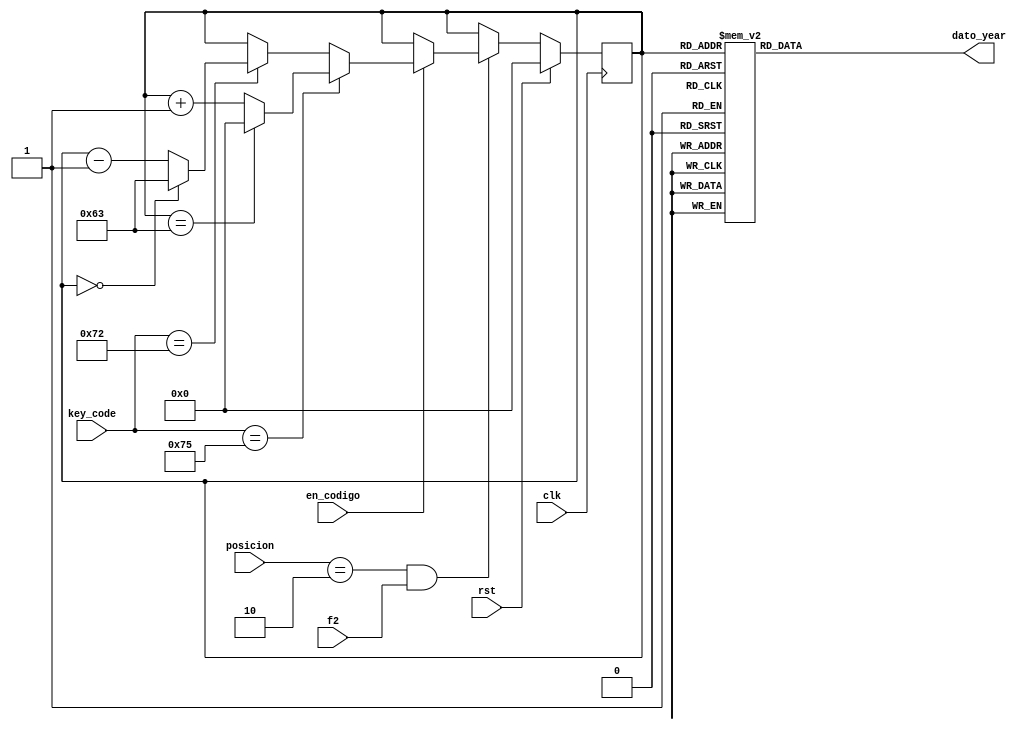
module cont_year(
	input clk, rst,
	input [P-1:0]posicion,
	input en_codigo, f2,
	input[N-1:0] key_code,
	output reg[N-1:0] dato_year
    );

reg [6:0] year;
parameter N=8;
parameter P=2;
parameter maximo =7'd99;

 always @(posedge clk)
	 begin
      if (rst)
         year <= 0;
		else if (posicion==2'd2 && f2==1'b1)
		begin
			if(en_codigo)
			begin
				if (key_code==8'h75) //tecla 8 (subir)
				begin
					if (year == maximo)
						year <= 0;
					else 
						year <= year + 1'd1;
				end
				else if (key_code==8'h72) //tecla 2 (bajar)
				begin
					if (year == 0)
						year <= maximo;
					else 
						year <= year - 1'd1;
				end
				else 
				year <= year;
			end
			else 
				year <= year;
		end 
		else 
			year <= year;
	end
	
	always @ (year)
	case (year)
          0 : dato_year <=8'h00;
 			1 : dato_year <=8'h01;
			2 : dato_year <=8'h02;
			3 : dato_year <=8'h03;
			4 : dato_year <=8'h04;
			5 : dato_year <=8'h05;
			6 : dato_year <=8'h06;
			7 : dato_year <=8'h07;
			8 : dato_year <=8'h08;
			9 : dato_year <=8'h09;
			10 : dato_year <=8'h10;
			11 : dato_year <=8'h11;
			12 : dato_year <=8'h12;
			13 : dato_year <=8'h13;
 			14 : dato_year <=8'h14;
			15 : dato_year <=8'h15;
			16 : dato_year <=8'h16;
			17 : dato_year <=8'h17;
			18 : dato_year <=8'h18;
			19 : dato_year <=8'h19;
			20 : dato_year <=8'h20;
			21 : dato_year <=8'h21;
			22 : dato_year <=8'h22;
			23 : dato_year <=8'h23;
 			24 : dato_year <=8'h24;
			25 : dato_year <=8'h25;
			26 : dato_year <=8'h26;
			27 : dato_year <=8'h27;
			28 : dato_year <=8'h28;
			29 : dato_year <=8'h29;
			30 : dato_year <=8'h30;
			31 : dato_year <=8'h31;
			32 : dato_year <=8'h32;
			33 : dato_year <=8'h33;
 			34 : dato_year <=8'h34;
			35 : dato_year <=8'h35;
			36 : dato_year <=8'h36;
			37 : dato_year <=8'h37;
			38 : dato_year <=8'h38;
			39 : dato_year <=8'h39;
			40 : dato_year <=8'h40;
			41 : dato_year <=8'h41;
			42 : dato_year <=8'h42;
			43 : dato_year <=8'h43;
 			44 : dato_year <=8'h44;
			45 : dato_year <=8'h45;
			46 : dato_year <=8'h46;
			47 : dato_year <=8'h47;
			48 : dato_year <=8'h48;
			49 : dato_year <=8'h49;
			50 : dato_year <=8'h50;
			51 : dato_year <=8'h51;
			52 : dato_year <=8'h52;
			53 : dato_year <=8'h53;
 			54 : dato_year <=8'h54;
			55 : dato_year <=8'h55;
			56 : dato_year <=8'h56;
			57 : dato_year <=8'h57;
			58 : dato_year <=8'h58;
			59 : dato_year <=8'h59;
			60 : dato_year <=8'h60;
 			61 : dato_year <=8'h61;
			62 : dato_year <=8'h62;
			63 : dato_year <=8'h63;
			64 : dato_year <=8'h64;
			65 : dato_year <=8'h65;
			66 : dato_year <=8'h66;
			67 : dato_year <=8'h67;
			68 : dato_year <=8'h68;
			69 : dato_year <=8'h69;
			70 : dato_year <=8'h70;
			71 : dato_year <=8'h71;
			72 : dato_year <=8'h72;
			73 : dato_year <=8'h73;
 			74 : dato_year <=8'h74;
			75 : dato_year <=8'h75;
			76 : dato_year <=8'h76;
			77 : dato_year <=8'h77;
			78 : dato_year <=8'h78;
			79 : dato_year <=8'h79;
			80 : dato_year <=8'h80;
			81 : dato_year <=8'h81;
			82 : dato_year <=8'h82;
			83 : dato_year <=8'h83;
 			84 : dato_year <=8'h84;
			85 : dato_year <=8'h85;
			86 : dato_year <=8'h86;
			87 : dato_year <=8'h87;
			88 : dato_year <=8'h88;
			89 : dato_year <=8'h89;
			90 : dato_year <=8'h90;
			91 : dato_year <=8'h91;
			92 : dato_year <=8'h92;
			93 : dato_year <=8'h93;
 			94 : dato_year <=8'h94;
			95 : dato_year <=8'h95;
			96 : dato_year <=8'h96;
			97 : dato_year <=8'h97;
			98 : dato_year <=8'h98;
			99 : dato_year <=8'h99;
			default: dato_year <=8'h00;
		endcase
endmodule